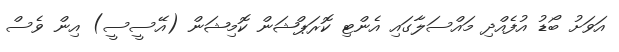
އަވަށު ބޯޑު އުފެއްދި މައްސަލާގައި އެންޓި ކޮރަޕްޝަން ކޮމިޝަން (އޭސީސީ) އިން ވެސް